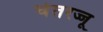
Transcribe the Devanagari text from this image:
चेतरज्जू